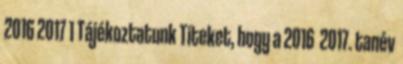
2016 2017 1 Tájékoztatunk Titeket, hogy a 2016 2017. tanév